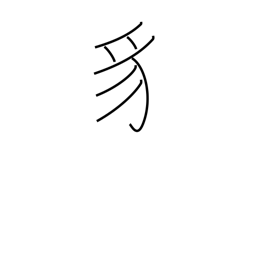
Meaning: snake